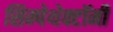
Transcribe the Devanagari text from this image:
सिम्पेथेक्टॉमी